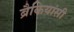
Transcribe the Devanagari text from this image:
ब्रैकियांसी